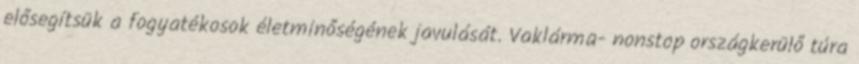
elősegítsük a fogyatékosok életminőségének javulását. Vaklárma- nonstop országkerülő túra